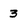
Character: 3